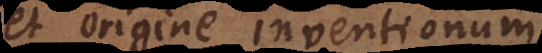
et origine inventionum